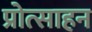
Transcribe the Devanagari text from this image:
प्रोत्साहन